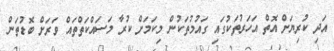
އަދި ކުރިޔަށް އޮތް އަހަރުތަކުގައި ގައުމުތަކުން މިކަމަށް ކުރާ މަސައްކަތްތައް ވަރަށް ބޮޑުތަން